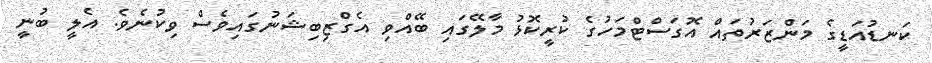
ކަނޑުއަޑީގެ މަންޒަރުތައް އޮގަސްޓްމަހުގެ ކުރީކޮޅު މާލޭގައި ބޭއްވި އެގްޒިބިޝަނުގައިވެސް ވިކުނެވެ. އެލީ ބުނީ